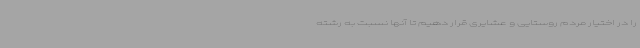
را در اختیار مردم روستایی و عشایری قرار دهیم تا آنها نسبت به رشته